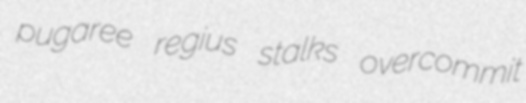
pugaree regius stalks overcommit